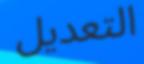
التعديل